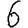
Digit: 6